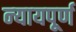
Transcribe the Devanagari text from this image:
न्‍यायपूर्ण